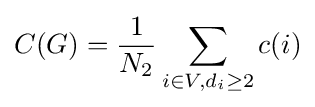
C(G)={\frac {1}{N_{2}}}\sum _{i\in V,d_{i}\geq 2}c(i)